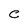
Character: C